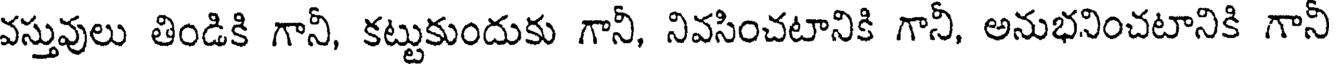
వస్తువులు తిండికి గానీ, కట్టుకుందుకు గానీ, నివసించటానికి గానీ, అనుభనించటానికి గానీ